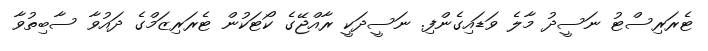
ޓެރަރިސްޓު ނަސީދު މާލެ ވަޑައިގެންފި. ނަސީދަކީ ރާއްޖޭގެ ކޯޓަކުން ޓެރަރިޒަމްގެ ދައުވާ ސާބިތުވާ